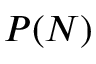
P ( N )